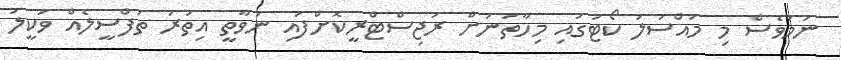
ނަމަވެސް މި މައްސަލަ ކޯޓުގައި މިހާތަނަށް ރަޖިސްޓްރީކޮށްފައި ނުވާތީ އިތުރު ތަފްސީލެއް ވަކީލު